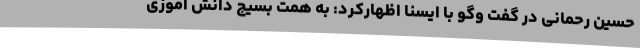
حسین رحمانی در گفت وگو با ایسنا اظهارکرد: به همت بسیج دانش آموزی